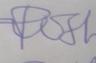
Signature authenticity: forged